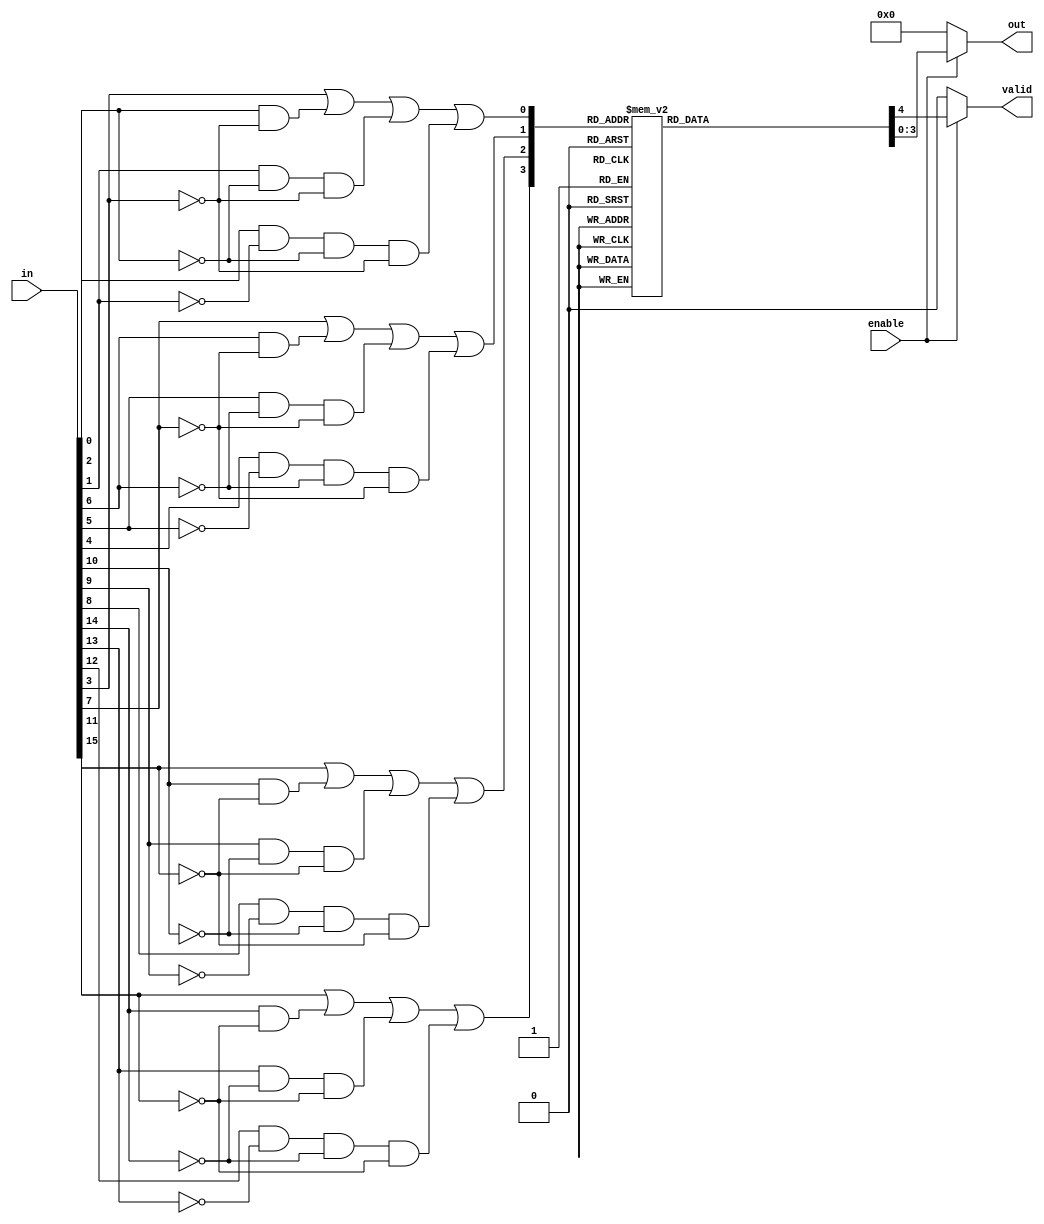
module multilevel_encoder (
    input  wire [15:0] in,    // 16 input lines
    input  wire enable,        // Enable signal
    output reg [3:0] out,      // 4-bit output
    output reg valid           // Output valid flag
);

    // Intermediate outputs for first level
    wire [3:0] level1_out;

    // First Level Encoding: Group inputs into 4 groups of 4
    // Each group will output a 2-bit binary number based on the highest active input
    assign level1_out[0] = in[3] | (in[2] & ~in[3]) | (in[1] & ~in[2] & ~in[3]) | (in[0] & ~in[1] & ~in[2] & ~in[3]);
    assign level1_out[1] = in[7] | (in[6] & ~in[7]) | (in[5] & ~in[6] & ~in[7]) | (in[4] & ~in[5] & ~in[6] & ~in[7]);
    assign level1_out[2] = in[11] | (in[10] & ~in[11]) | (in[9] & ~in[10] & ~in[11]) | (in[8] & ~in[9] & ~in[10] & ~in[11]);
    assign level1_out[3] = in[15] | (in[14] & ~in[15]) | (in[13] & ~in[14] & ~in[15]) | (in[12] & ~in[13] & ~in[14] & ~in[15]);

    // Final encoding based on intermediate outputs
    always @(*) begin
        if (enable) begin
            valid = 1'b0; // Default to invalid
            out = 4'b0000; // Default output

            // Checking for active level1 outputs to assign final output
            casez (level1_out)
                4'b0001: {valid, out} = {1'b1, 4'b0000}; // Input 0 active
                4'b0010: {valid, out} = {1'b1, 4'b0001}; // Input 1 active
                4'b0011: {valid, out} = {1'b1, 4'b0001}; // Inputs 0 and 1 active
                4'b0100: {valid, out} = {1'b1, 4'b0010}; // Input 2 active
                4'b0101: {valid, out} = {1'b1, 4'b0010}; // Inputs 0 and 2 active
                4'b0110: {valid, out} = {1'b1, 4'b0010}; // Inputs 1 and 2 active
                4'b0111: {valid, out} = {1'b1, 4'b0010}; // Inputs 0, 1, and 2 active
                4'b1000: {valid, out} = {1'b1, 4'b0011}; // Input 3 active
                4'b1001: {valid, out} = {1'b1, 4'b0011}; // Inputs 0 and 3 active
                4'b1010: {valid, out} = {1'b1, 4'b0011}; // Inputs 1 and 3 active
                4'b1011: {valid, out} = {1'b1, 4'b0011}; // Inputs 0, 1, and 3 active
                4'b1100: {valid, out} = {1'b1, 4'b0011}; // Inputs 2 and 3 active
                4'b1101: {valid, out} = {1'b1, 4'b0011}; // Inputs 0, 2, and 3 active
                4'b1110: {valid, out} = {1'b1, 4'b0011}; // Inputs 1, 2, and 3 active
                4'b1111: {valid, out} = {1'b1, 4'b0011}; // Inputs 0, 1, 2, and 3 active
                default: {valid, out} = {1'b0, 4'b0000}; // No valid output
            endcase
        end else begin
            valid = 1'b0; // Invalid if not enabled
            out = 4'b0000; // Default output
        end
    end

endmodule